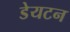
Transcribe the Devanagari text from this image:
डेयटन